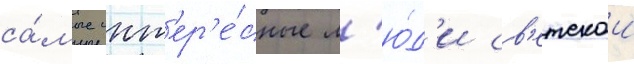
са́мые инт'ер'е́сные л'ю́д'и св'етскои